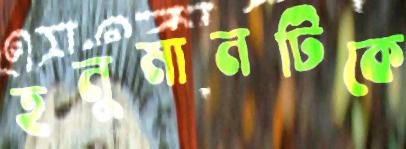
হনুমানটিকে